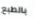
بالطبع